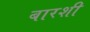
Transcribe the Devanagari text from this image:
बारशी